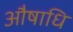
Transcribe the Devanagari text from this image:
औषाधि